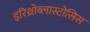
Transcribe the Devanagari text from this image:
इरिथ्रोब्लास्टोसिस